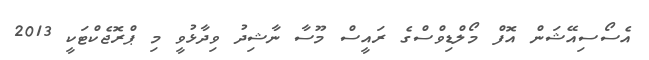
އެސޯސިއޭޝަން އޮފް މޯލްޑިވްސްގެ ރައީސް މޫސާ ނާޝިދު ވިދާޅުވީ މި ޕްރޮޖެކްޓަކީ 2013